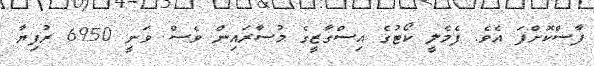
ފާސްކޮށްފަ އެވެ. ފެމެލީ ކޯޓުގެ އިސްގާޒީގެ މުސާރައިން ވެސް ވަނީ 6950 ރުފިޔާ